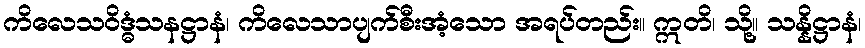
ကိလေသဝိဒ္ဓံသနဋ္ဌာနံ၊ ကိလေသာပျက်စီးအံ့သော အရပ်တည်း။ ဣတိ၊ သို့။ သန္နိဋ္ဌာနံ၊